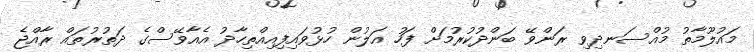
މައުލޫމާތު މުއްސަނދިވި ރަންވޭ ބަންދުކުރުމަށް ފަހު އަލުން ހުޅުވައިފިއިއްތިހާދު އެއާވޭސްގެ ދަތުރުތައް ރާއްޖެ